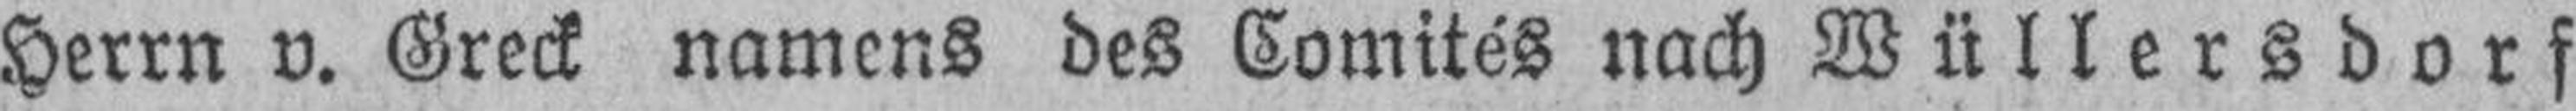
Herrn v. Greck namens des Comités nach Wüllersdorf